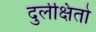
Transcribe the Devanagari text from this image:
दुर्लक्षितो